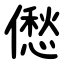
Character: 僽